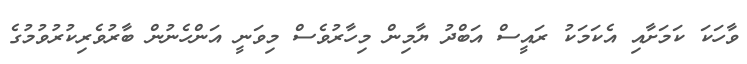
ވާހަކަ ކަމަށާއި އެކަމަކު ރައީސް އަބްދު ޔާމިން މިހާރުވެސް މިވަނީ އަންހެނުން ބާރުވެރިކުރުވުމުގެ